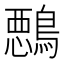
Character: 𱈵